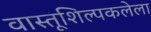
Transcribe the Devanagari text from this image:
वास्तूशिल्पकलेला